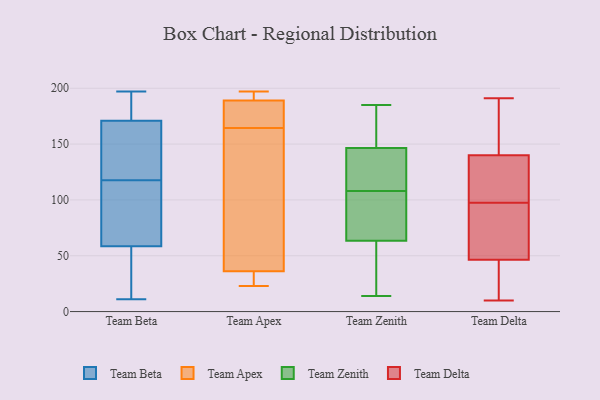
{"axis": {"x": "Waste Production (Tons)", "y": "Value"}, "legend": ["Team Apex", "Team Beta", "Team Delta", "Team Zenith"], "data": [{"x": "", "y": 11, "type": "Team Beta"}, {"x": "", "y": 143, "type": "Team Beta"}, {"x": "", "y": 179, "type": "Team Beta"}, {"x": "", "y": 197, "type": "Team Beta"}, {"x": "", "y": 61, "type": "Team Beta"}, {"x": "", "y": 169, "type": "Team Beta"}, {"x": "", "y": 54, "type": "Team Beta"}, {"x": "", "y": 99, "type": "Team Beta"}, {"x": "", "y": 173, "type": "Team Beta"}, {"x": "", "y": 194, "type": "Team Beta"}, {"x": "", "y": 44, "type": "Team Beta"}, {"x": "", "y": 145, "type": "Team Beta"}, {"x": "", "y": 97, "type": "Team Beta"}, {"x": "", "y": 67, "type": "Team Beta"}, {"x": "", "y": 136, "type": "Team Beta"}, {"x": "", "y": 56, "type": "Team Beta"}, {"x": "", "y": 197, "type": "Team Apex"}, {"x": "", "y": 189, "type": "Team Apex"}, {"x": "", "y": 171, "type": "Team Apex"}, {"x": "", "y": 158, "type": "Team Apex"}, {"x": "", "y": 182, "type": "Team Apex"}, {"x": "", "y": 36, "type": "Team Apex"}, {"x": "", "y": 36, "type": "Team Apex"}, {"x": "", "y": 23, "type": "Team Apex"}, {"x": "", "y": 114, "type": "Team Apex"}, {"x": "", "y": 194, "type": "Team Apex"}, {"x": "", "y": 83, "type": "Team Zenith"}, {"x": "", "y": 147, "type": "Team Zenith"}, {"x": "", "y": 50, "type": "Team Zenith"}, {"x": "", "y": 24, "type": "Team Zenith"}, {"x": "", "y": 185, "type": "Team Zenith"}, {"x": "", "y": 146, "type": "Team Zenith"}, {"x": "", "y": 14, "type": "Team Zenith"}, {"x": "", "y": 156, "type": "Team Zenith"}, {"x": "", "y": 113, "type": "Team Zenith"}, {"x": "", "y": 77, "type": "Team Zenith"}, {"x": "", "y": 103, "type": "Team Zenith"}, {"x": "", "y": 140, "type": "Team Zenith"}, {"x": "", "y": 128, "type": "Team Delta"}, {"x": "", "y": 10, "type": "Team Delta"}, {"x": "", "y": 69, "type": "Team Delta"}, {"x": "", "y": 55, "type": "Team Delta"}, {"x": "", "y": 191, "type": "Team Delta"}, {"x": "", "y": 133, "type": "Team Delta"}, {"x": "", "y": 58, "type": "Team Delta"}, {"x": "", "y": 101, "type": "Team Delta"}, {"x": "", "y": 117, "type": "Team Delta"}, {"x": "", "y": 22, "type": "Team Delta"}, {"x": "", "y": 173, "type": "Team Delta"}, {"x": "", "y": 94, "type": "Team Delta"}, {"x": "", "y": 23, "type": "Team Delta"}, {"x": "", "y": 147, "type": "Team Delta"}, {"x": "", "y": 167, "type": "Team Delta"}, {"x": "", "y": 38, "type": "Team Delta"}]}